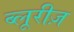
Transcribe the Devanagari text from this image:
ब्लूरीज़